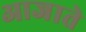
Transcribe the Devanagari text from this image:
आजाते